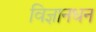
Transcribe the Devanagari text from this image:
विज्ञानधन